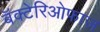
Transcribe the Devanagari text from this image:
बॅक्टेरिओफाज